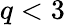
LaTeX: q<3